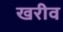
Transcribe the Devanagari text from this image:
खरीव